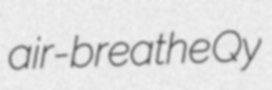
air-breathe Qy